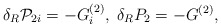
\begin{align*}\delta _R{\cal P}_{2i}=-G_i^{(2)},\;\delta _RP_2=-G^{(2)},\end{align*}